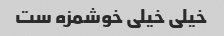
خیلی خیلی خوشمزه ست